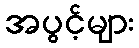
အပွင့်များ